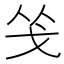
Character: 𭟲